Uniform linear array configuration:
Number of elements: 4
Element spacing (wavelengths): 0.5
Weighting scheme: hamming
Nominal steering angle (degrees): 0
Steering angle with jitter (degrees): -0.9454
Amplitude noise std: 0.05
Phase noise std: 0.05

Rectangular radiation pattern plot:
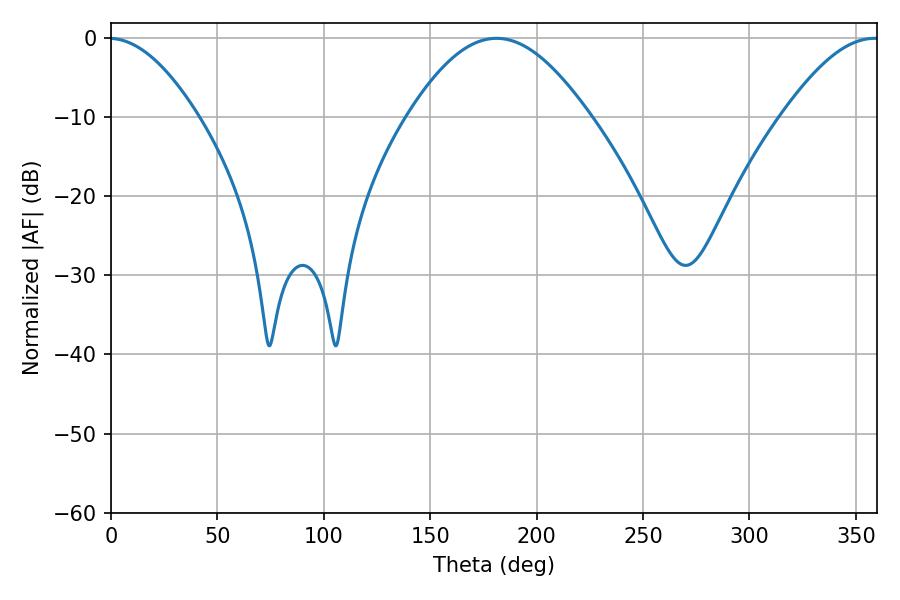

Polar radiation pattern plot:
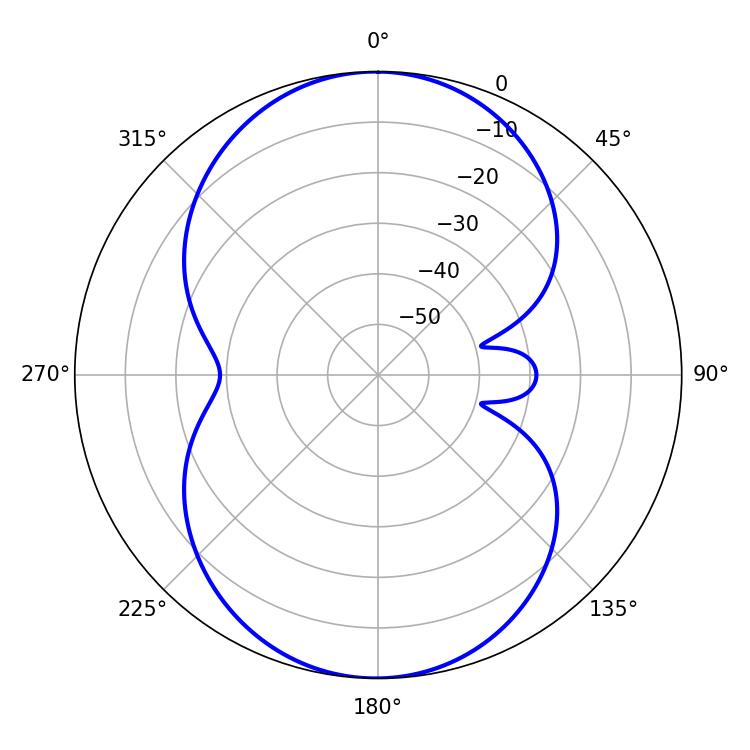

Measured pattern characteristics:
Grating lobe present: FALSE
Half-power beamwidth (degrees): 46.08
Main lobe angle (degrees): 181.08